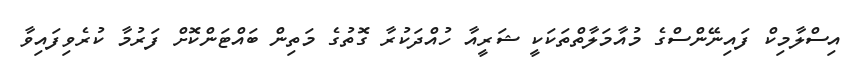
އިސްލާމިކް ފައިނޭންސްގެ މުއާމަލާތްތަކަކީ ޝަރީއާ ހުއްދަކުރާ ގޮތުގެ މަތިން ބައްޓަންކޮށް ފަރުމާ ކުރެވިފައިވާ